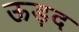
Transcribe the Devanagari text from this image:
ऊड़द